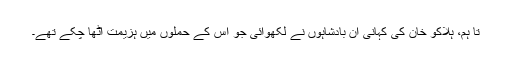
تا ہم، ہلاکو خان کی کہانی ان بادشاہوں نے لکھوائی جو اس کے حملوں میں ہزیمت اٹھا چکے تھے۔